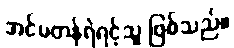
အင်မတန်ရဲရင့်သူ ဖြစ်သည်။